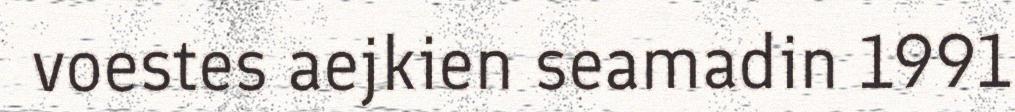
voestes aejkien seamadin 1991